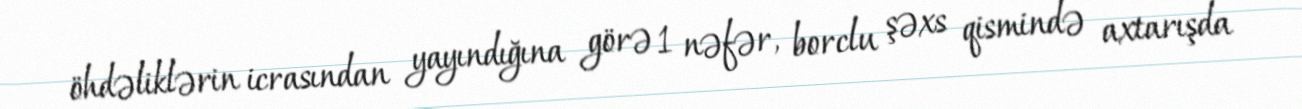
öhdəliklərin icrasından yayındığına görə 1 nəfər, borclu şəxs qismində axtarışda